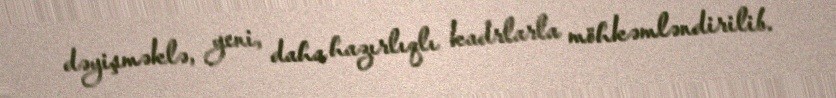
dəyişməklə, yeni, daha hazırlıqlı kadrlarla möhkəmləndirilib.